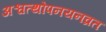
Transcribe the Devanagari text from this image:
अश्वत्थोपनयनव्रत